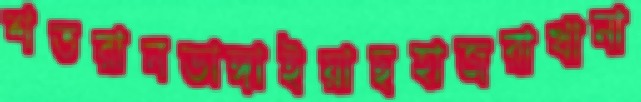
শতরানভাঙ্গাইয়াছহাজরাখানা